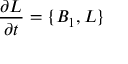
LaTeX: { \frac { \partial L } { \partial t } } = \{ B _ { 1 } , L \}